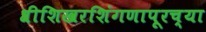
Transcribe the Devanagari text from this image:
श्रीशिखरशिंगणापूरच्या